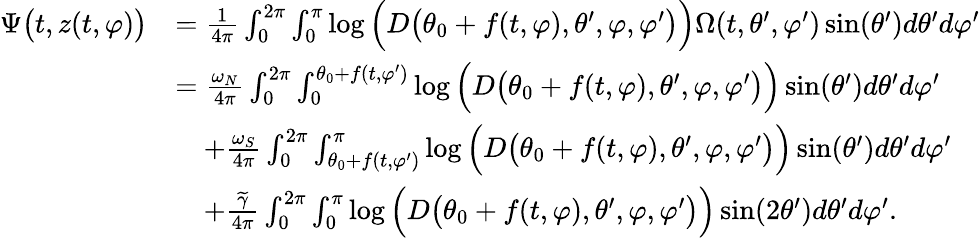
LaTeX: \begin{array}{rl}{\Psi\big(t,z(t,\varphi)\big)}&{=\frac{1}{4\pi}\int_{0}^{2\pi}\int_{0}^{\pi}\log\Big(D\big(\theta_{0}+f(t,\varphi),\theta^{\prime},\varphi,\varphi^{\prime}\big)\Big)\Omega(t,\theta^{\prime},\varphi^{\prime})\sin(\theta^{\prime})d\theta^{\prime}d\varphi^{\prime}}\\ &{=\frac{\omega_{N}}{4\pi}\int_{0}^{2\pi}\int_{0}^{\theta_{0}+f(t,\varphi^{\prime})}\log\Big(D\big(\theta_{0}+f(t,\varphi),\theta^{\prime},\varphi,\varphi^{\prime}\big)\Big)\sin(\theta^{\prime})d\theta^{\prime}d\varphi^{\prime}}\\ &{\quad+\frac{\omega_{S}}{4\pi}\int_{0}^{2\pi}\int_{\theta_{0}+f(t,\varphi^{\prime})}^{\pi}\log\Big(D\big(\theta_{0}+f(t,\varphi),\theta^{\prime},\varphi,\varphi^{\prime}\big)\Big)\sin(\theta^{\prime})d\theta^{\prime}d\varphi^{\prime}}\\ &{\quad+\frac{\widetilde{\gamma}}{4\pi}\int_{0}^{2\pi}\int_{0}^{\pi}\log\Big(D\big(\theta_{0}+f(t,\varphi),\theta^{\prime},\varphi,\varphi^{\prime}\big)\Big)\sin(2\theta^{\prime})d\theta^{\prime}d\varphi^{\prime}.}\end{array}